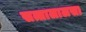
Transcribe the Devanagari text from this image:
सत्तालालसा